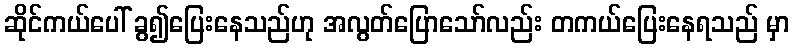
ဆိုင်ကယ်ပေါ် ခွ၍ပြေးနေသည်ဟု အလွတ်ပြောသော်လည်း တကယ်ပြေးနေရသည် မှာ